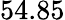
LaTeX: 54.85